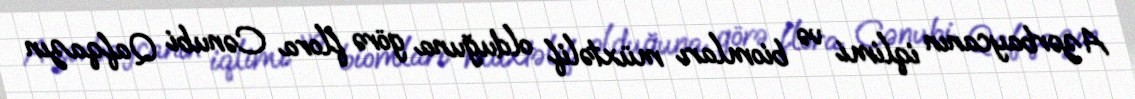
Azərbaycanın iqlimi və biomları müxtəlif olduğuna görə flora Cənubi Qafqazın